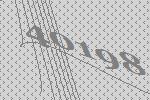
40198